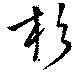
杉